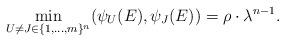
LaTeX: \begin{align*} \min_{U\neq J \in \lbrace 1,...,m\rbrace^n} (\psi_U (E), \psi_J (E) ) = \rho \cdot \lambda^{n-1}.\end{align*}